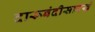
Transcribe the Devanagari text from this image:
दारूबंदीसारखे